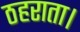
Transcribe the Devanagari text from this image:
ठहराता।